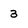
Character: 3